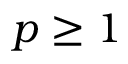
p \ge 1